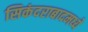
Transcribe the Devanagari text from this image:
सिकंदराबादमध्ये